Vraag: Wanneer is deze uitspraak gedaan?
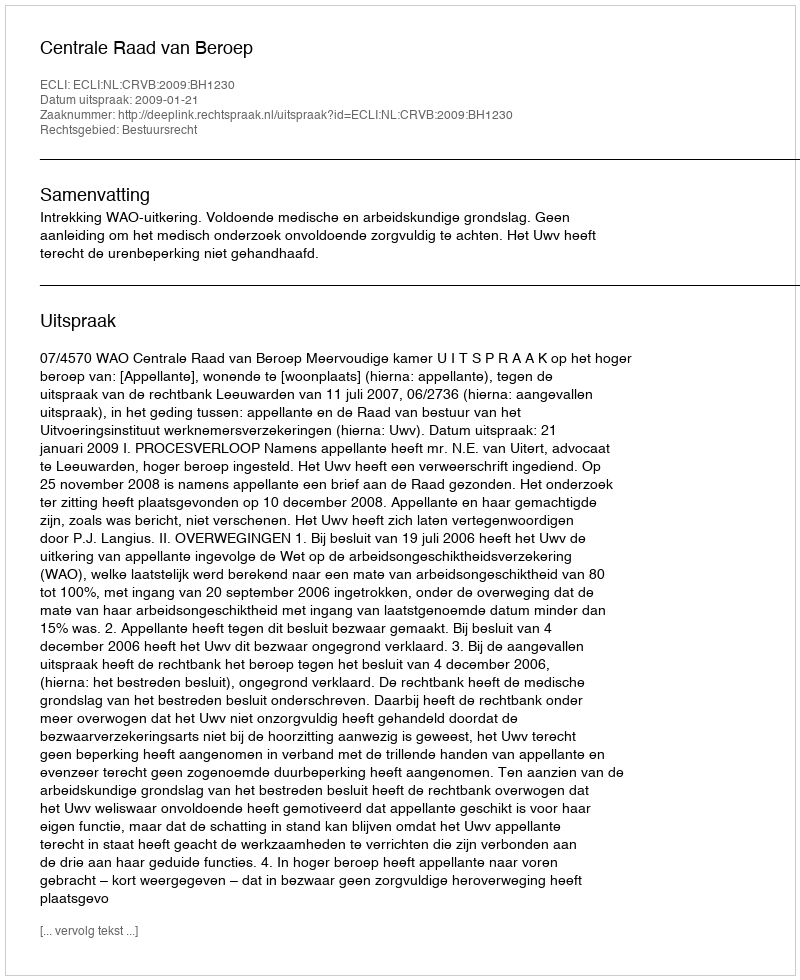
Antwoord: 2009-01-21